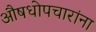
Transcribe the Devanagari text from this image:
औषधोपचारांना